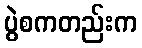
ပွဲစကတည်းက